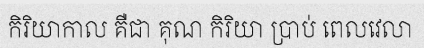
កិរិយាកាល គឺជា គុណ កិរិយា ប្រាប់ ពេលវេលា